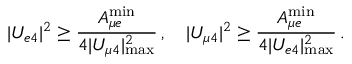
| U _ { e 4 } | ^ { 2 } \geq \frac { A _ { { \mu } e } ^ { \mathrm { m i n } } } { 4 | U _ { \mu 4 } | _ { \mathrm { m a x } } ^ { 2 } } \, , \quad | U _ { \mu 4 } | ^ { 2 } \geq \frac { A _ { { \mu } e } ^ { \mathrm { m i n } } } { 4 | U _ { e 4 } | _ { \mathrm { m a x } } ^ { 2 } } \, .